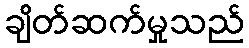
ချိတ်ဆက်မှုသည်